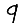
Digit: 9